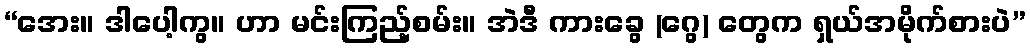
“အေး။ ဒါပေါ့ကွ။ ဟာ မင်းကြည့်စမ်း။ အဲဒီ ကားခွေ (ဂွေ) တွေက ရှယ်အမိုက်စားပဲ”